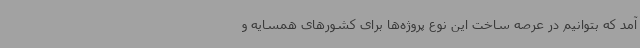
آمد که بتوانیم در عرصه ساخت این نوع پروژه‌ها برای کشورهای همسایه و